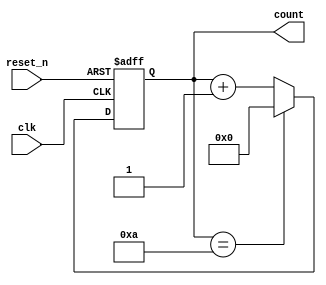
module BCD_Asynchronous_Counter (
    input wire clk,          // Clock input
    input wire reset_n,     // Active-low asynchronous reset
    output reg [3:0] count   // 4-bit output for BCD count
);

    // Combinational logic to detect when to reset
    wire reset_condition = (count == 4'b1010);

    // Asynchronous process
    always @(posedge clk or negedge reset_n) begin
        if (!reset_n) begin
            count <= 4'b0000;  // Asynchronous reset to 0
        end else if (reset_condition) begin
            count <= 4'b0000;  // Reset to 0 if count reaches 1010
        end else begin
            count <= count + 1; // Increment count
        end
    end

endmodule